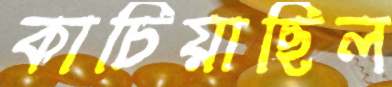
কাচিয়াছিল